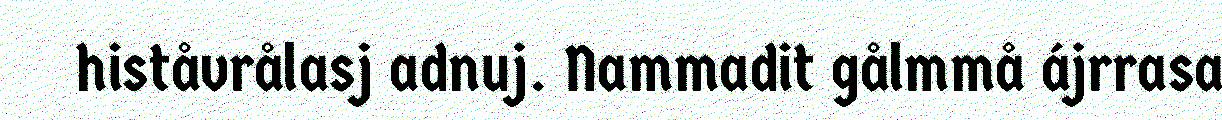
histåvrålasj adnuj. Nammadit gålmmå ájrrasa